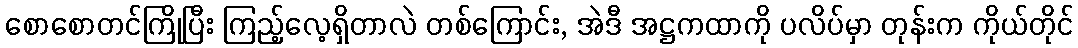
စောစောတင်ကြိုပြီး ကြည့်လေ့ရှိတာလဲ တစ်ကြောင်း, အဲဒီ အဋ္ဌကထာကို ပလိပ်မှာ တုန်းက ကိုယ်တိုင်